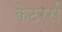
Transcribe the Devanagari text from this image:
केटरर्स